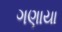
ગણાયા